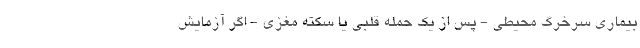
بیماری سرخرگ محیطی - پس از یک حمله قلبی یا سکته مغزی - اگر آزمایش